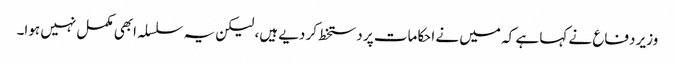
وزیر دفاع نے کہا ہے کہ میں نے احکامات پر دستخط کر دیے ہیں، لیکن یہ سلسلہ ابھی مکمل نہیں ہوا۔